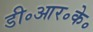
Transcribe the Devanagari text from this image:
डी॰आर॰के॰